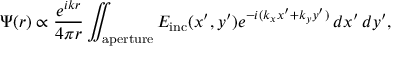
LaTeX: \Psi ( r ) \propto { \frac { e ^ { i k r } } { 4 \pi r } } \iint _ { \mathrm { a p e r t u r e } } E _ { \mathrm { i n c } } ( x ^ { \prime } , y ^ { \prime } ) e ^ { - i ( k _ { x } x ^ { \prime } + k _ { y } y ^ { \prime } ) } \, d x ^ { \prime } \, d y ^ { \prime } ,